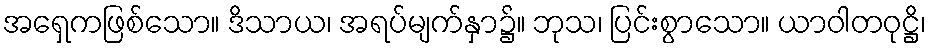
အရှေကဖြစ်သော။ ဒိသာယ၊ အရပ်မျက်နှာ၌။ ဘုသ၊ ပြင်းစွာသော။ ယာဝါတဝုဋ္ဌိ၊